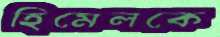
হিমেলকে